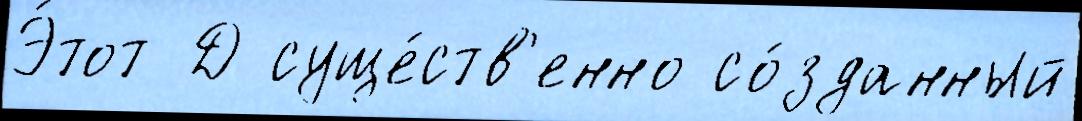
Э́тот Д суще́ств'енно со́зданный